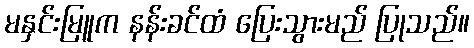
မနှင်းမြူက နန်းခင်ထံ ပြေးသွားမည် ပြုသည်။